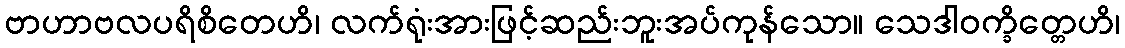
ဗာဟာဗလပရိစိတေဟိ၊ လက်ရုံးအားဖြင့်ဆည်းဘူးအပ်ကုန်သော။ သေဒါဝက္ခိတ္တေဟိ၊